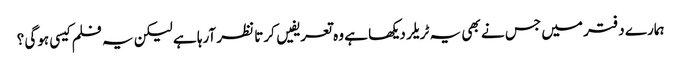
ہمارے دفتر میں جس نے بھی یہ ٹریلر دیکھا ہے وہ تعریفیں کرتا نظر آرہا ہے لیکن یہ فلم کیسی ہوگی ؟